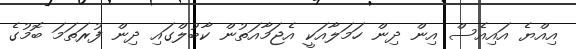
އިއްޔެ އައިއެސް އިން ދިން ހަމަލާއަކީ އެޖަމާއަތުން ކާބުލްގައި ދިން ފުރަތަމަ ބޮމުގެ